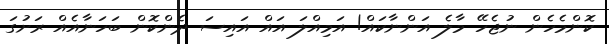
ކޮންމެހެން ނުޖެހޭ މާލެ އަންނާކައް! އަމިއްލަ އައް އައިސަ ދެންކޮން ބަހަނާއެއް ރަށުގަ